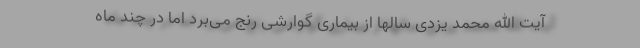
آیت الله محمد یزدی سالها از بیماری گوارشی رنج می‌برد اما در چند ماه